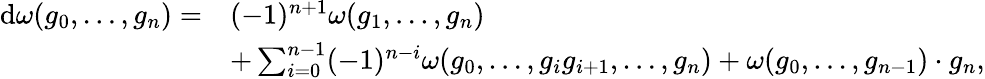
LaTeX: \begin{array}{rl}{\mathrm{d}\omega(g_{0},\dots,g_{n})=}&{(-1)^{n+1}\omega(g_{1},\dots,g_{n})}\\ &{+\sum_{i=0}^{n-1}(-1)^{n-i}\omega(g_{0},\dots,g_{i}g_{i+1},\dots,g_{n})+\omega(g_{0},\dots,g_{n-1})\cdot g_{n},}\end{array}